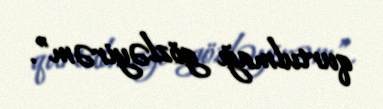
qurtulmağı gözləyirəm”.